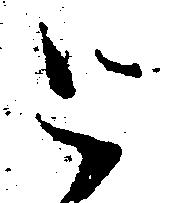
と